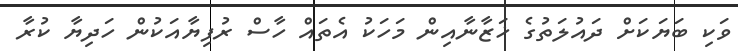
ވަކި ބަޔަކަށް ދައުލަތުގެ ޚަޒާނާއިން މަހަކު އެތައް ހާސް ރުފިޔާއަކުން ހަދިޔާ ކުރާ